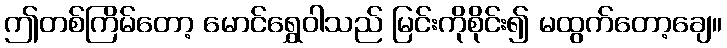
ဤတစ်ကြိမ်တော့ မောင်ရွှေဝါသည် မြင်းကိုစိုင်း၍ မထွက်တော့ချေ။